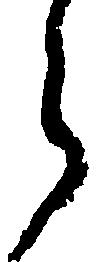
ら